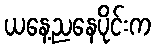
ယနေ့ညနေပိုင်းက